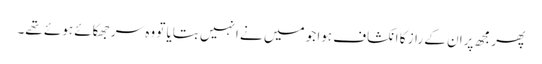
پھر مجھ پران کے راز کا انکشاف ہوا جو میں نے انہیں بتایا تو وہ سر جھکائے ہوئے تھے۔